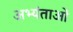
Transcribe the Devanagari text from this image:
अभ्यंताओं